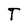
Character: T